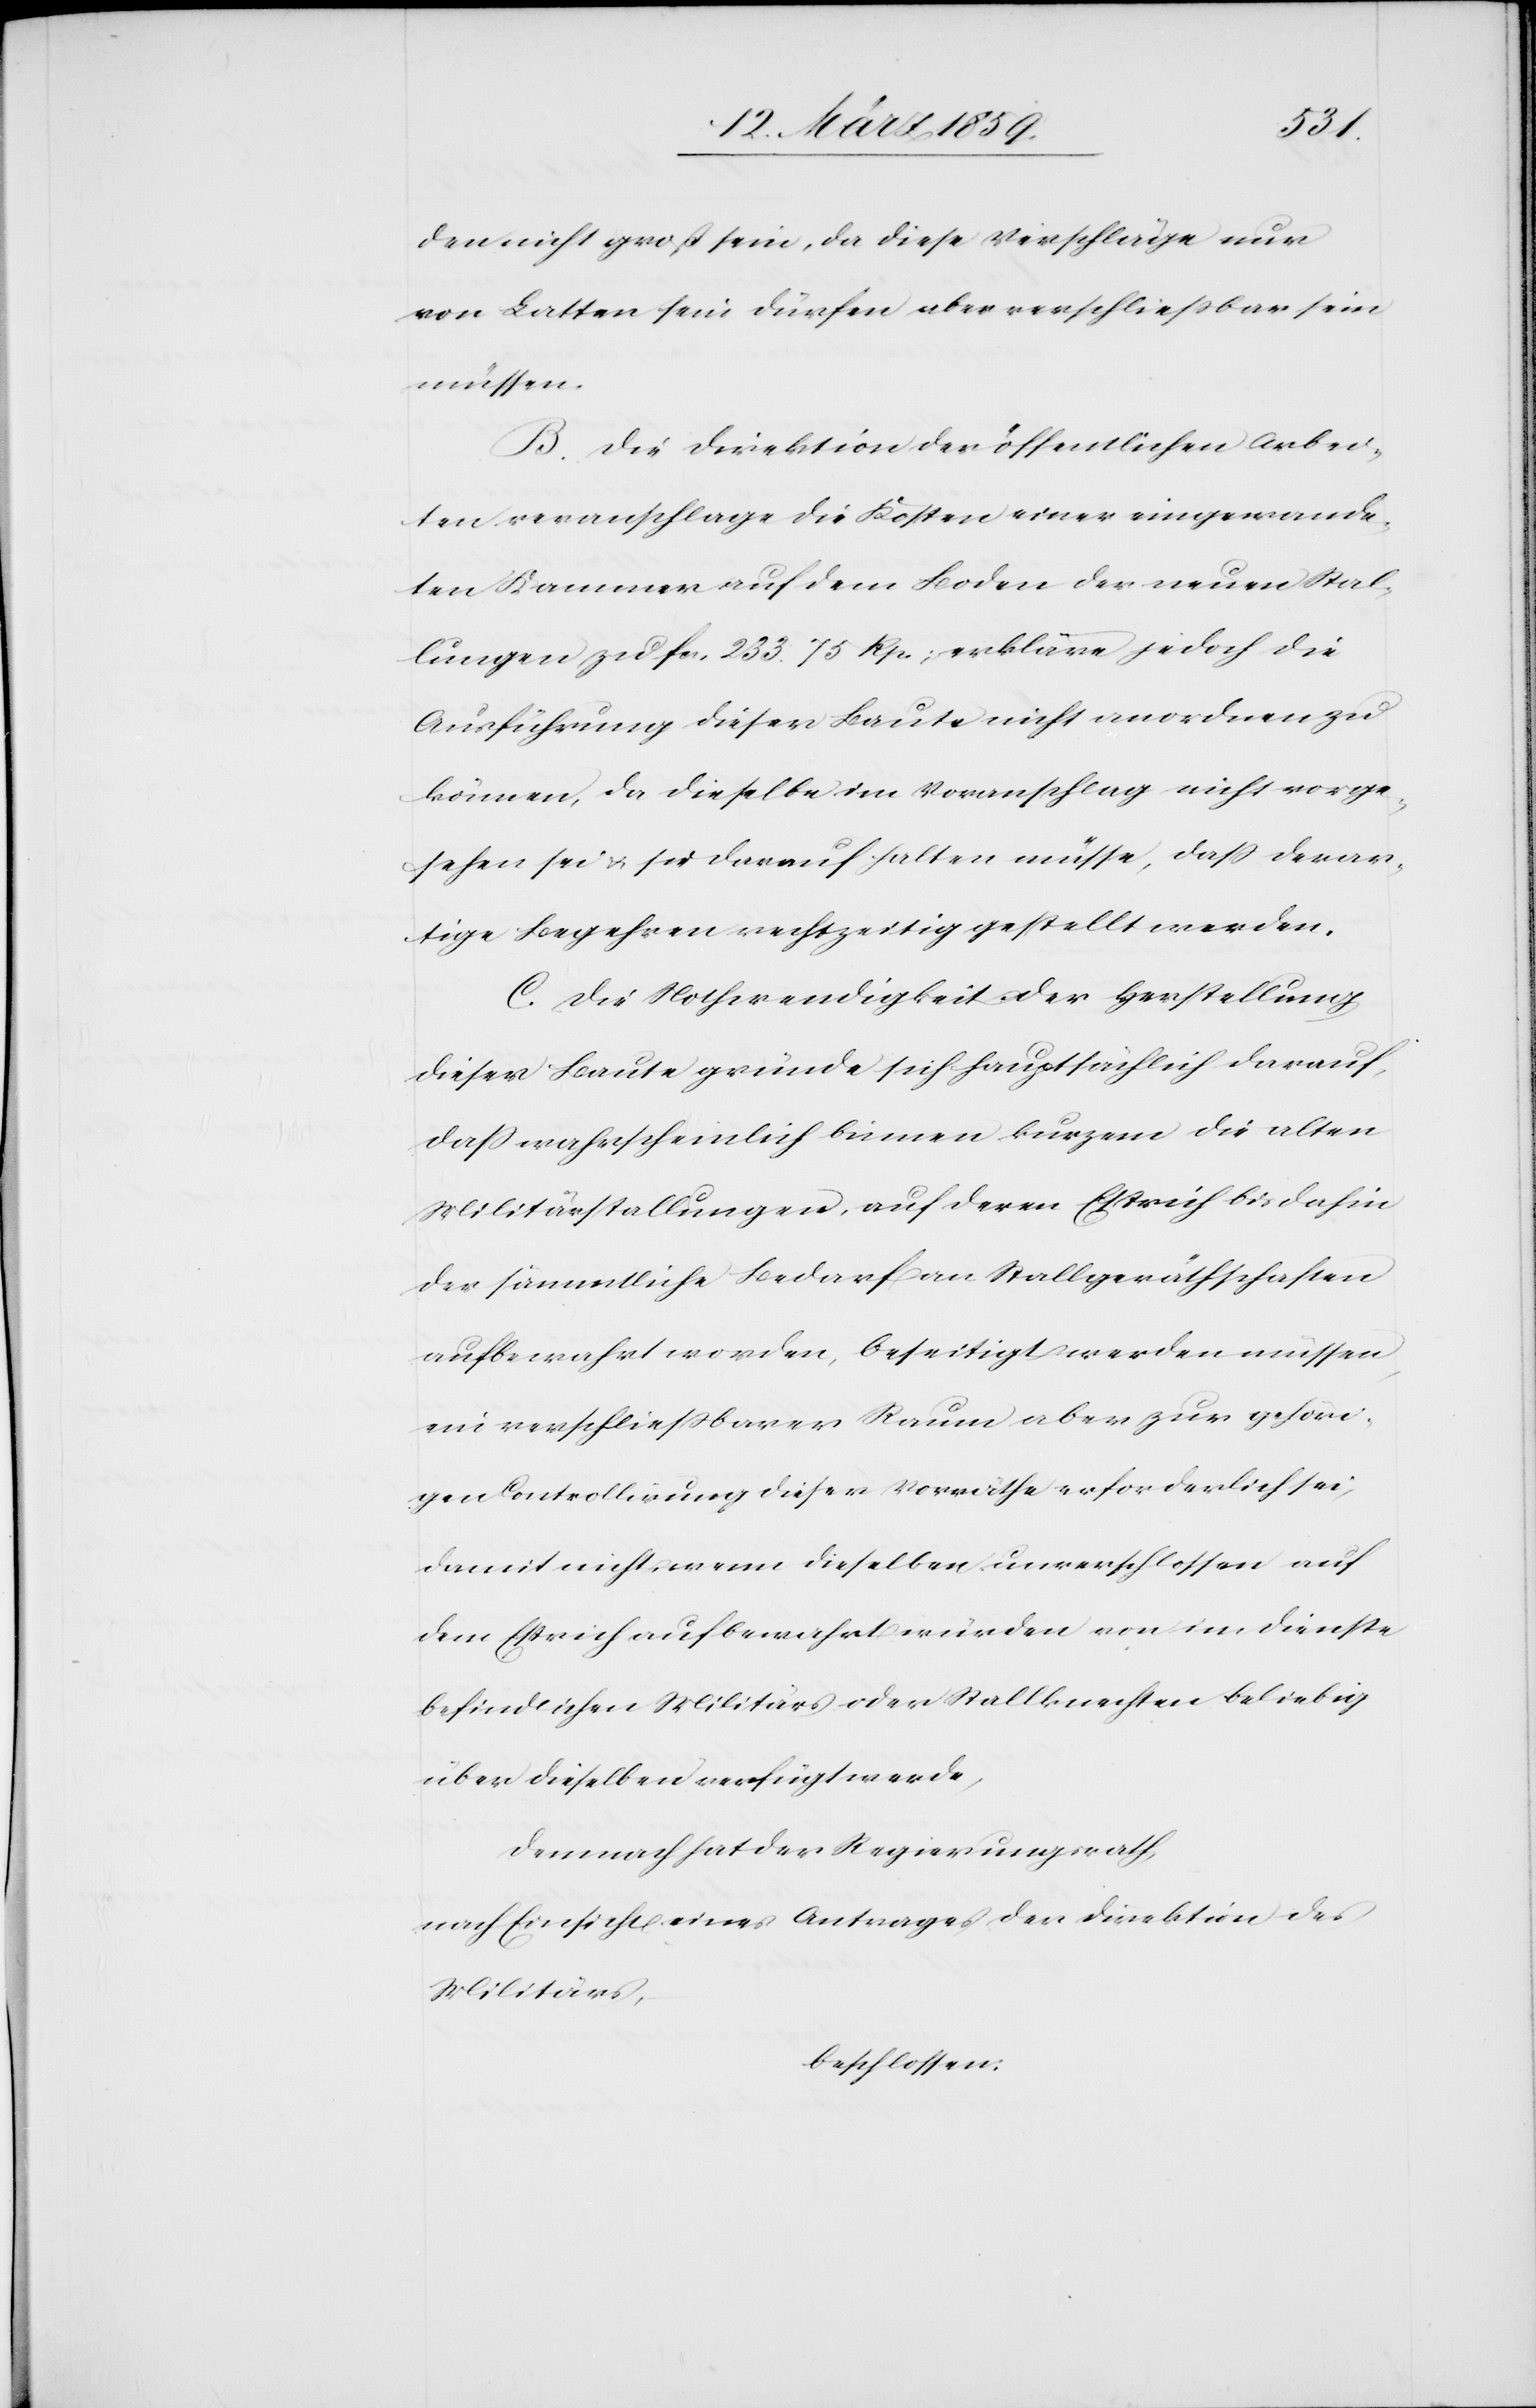
den nicht groß sein, da diese Verschläge nur
von Latten sein dürfen aber verschließbar sein
müssen.
B. Die Direktion der öffentlichen Arbei¬
ten veranschlagt die Kosten einer eingewande¬
ten Kammer auf dem Boden der neuen Stal¬
lungen zu fcs. 233. 75 Rp.; erkläre jedoch die
Ausführung dieser Baute nicht anordnen zu
können, da dieselbe im Voranschlag nicht vorge¬
sehen sei & sie darauf halten müsse, daß derar¬
tige Begehren rechtzeitig gestellt werden.
C. Die Nothwendigkeit der Herstellung
dieser Baute gründe sich hauptsächlich darauf,
daß wahrscheinlich binnen kurzem die alten
Militärstallungen, auf deren Estrich bis dahin
der sämmtliche Bedarf an Stallgeräthschaften
aufbewahrt worden, beseitigt werden müssen,
ein verschließbarer Raum aber zur gehöri¬
gen Controllirung dieser Vorräthe erforderlich sei,
damit nicht, wenn dieselben unverschlossen auf
dem Estrich aufbewahrt würden von im Dienste
befindlichen Militärs oder Stallknechten beliebig
über dieselben verfügt werde,
Demnach hat der Regierungsrath,
nach Einsicht eines Antrages der Direktion des
Militärs,
beschlossen: